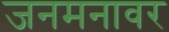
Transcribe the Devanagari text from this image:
जनमनावर